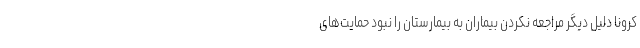
کرونا دلیل دیگر مراجعه نکردن بیماران به بیمارستان را نبود حمایت‌های